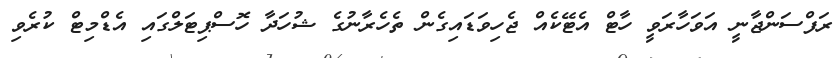
ރަފްސަންޖާނީ އަވަހާރަވީ ހާޓް އެޓޭކެއް ޖެހިވަޑައިގެން ތެހެރާނުގެ ޝުހަދާ ހޮސްޕިޓަލްގައި އެޑްމިޓް ކުރެވި